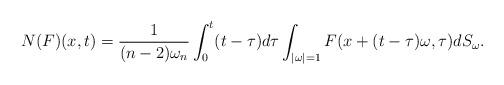
LaTeX: \begin{align*}N(F)(x,t)=\frac{1}{(n-2)\omega_n}\int_{0}^{t}(t-\tau)d\tau \int_{|\omega|=1}F(x+(t-\tau)\omega,\tau)dS_\omega.\end{align*}